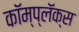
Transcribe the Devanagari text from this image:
कॉम्प्लॅक्स